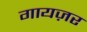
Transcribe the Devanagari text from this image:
गायज़र